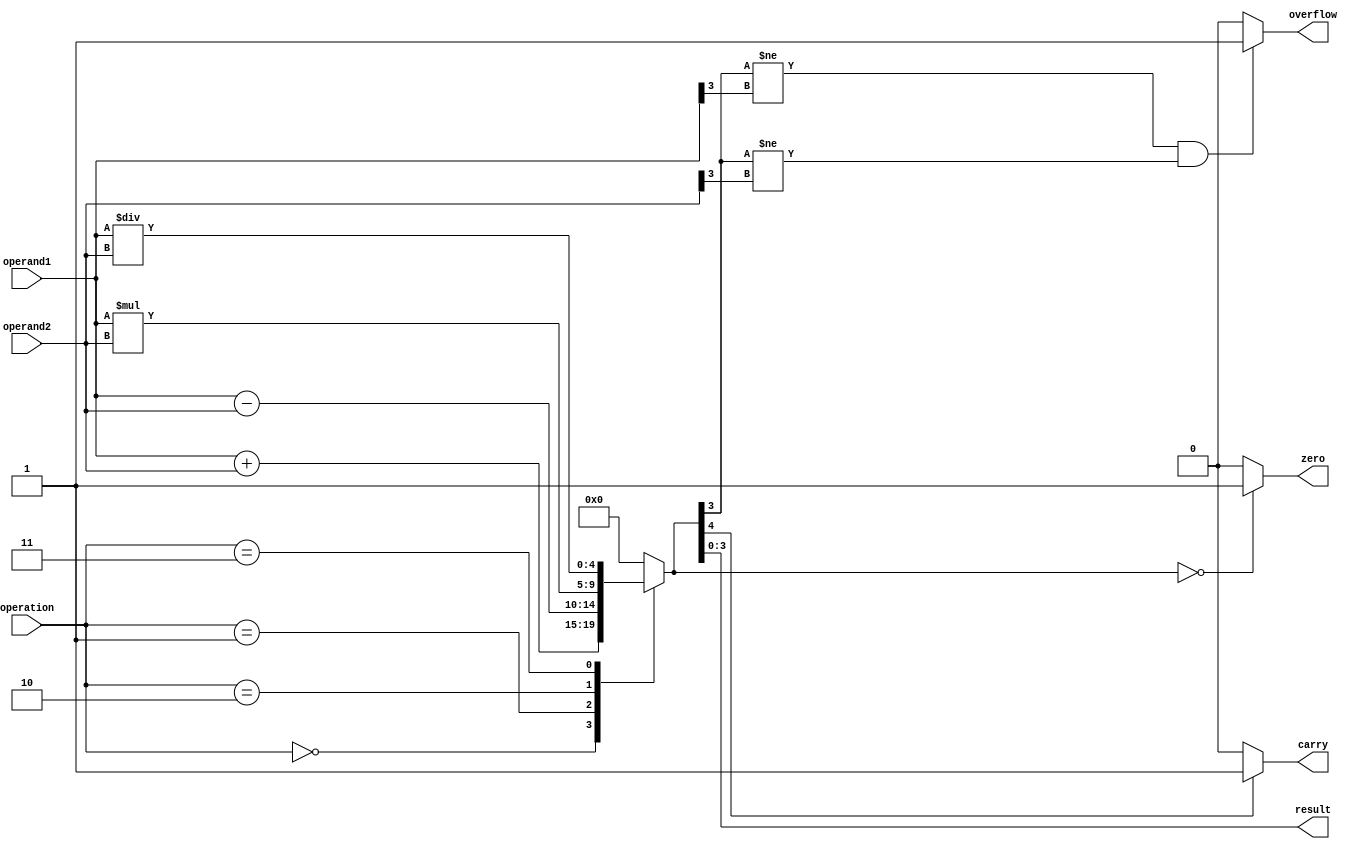
module ALU (
    input [3:0] operand1,
    input [3:0] operand2,
    input [2:0] operation,
    output reg [3:0] result,
    output reg zero,
    output reg carry,
    output reg overflow
);

reg [4:0] temp_result;

always @(*)
begin
    case(operation)
        3'b000: temp_result = operand1 + operand2; //Addition
        3'b001: temp_result = operand1 - operand2; //Subtraction
        3'b010: temp_result = operand1 * operand2; //Multiplication
        3'b011: temp_result = operand1 / operand2; //Division
        default: temp_result = 4'b0000;
    endcase

    if(temp_result == 4'b0000)
        zero = 1;
    else
        zero = 0;

    if(temp_result[4])
        carry = 1;
    else
        carry = 0;

    if(temp_result[3] != operand1[3] && temp_result[3] != operand2[3])
        overflow = 1;
    else
        overflow = 0;

    result = temp_result[3:0];
end

endmodule